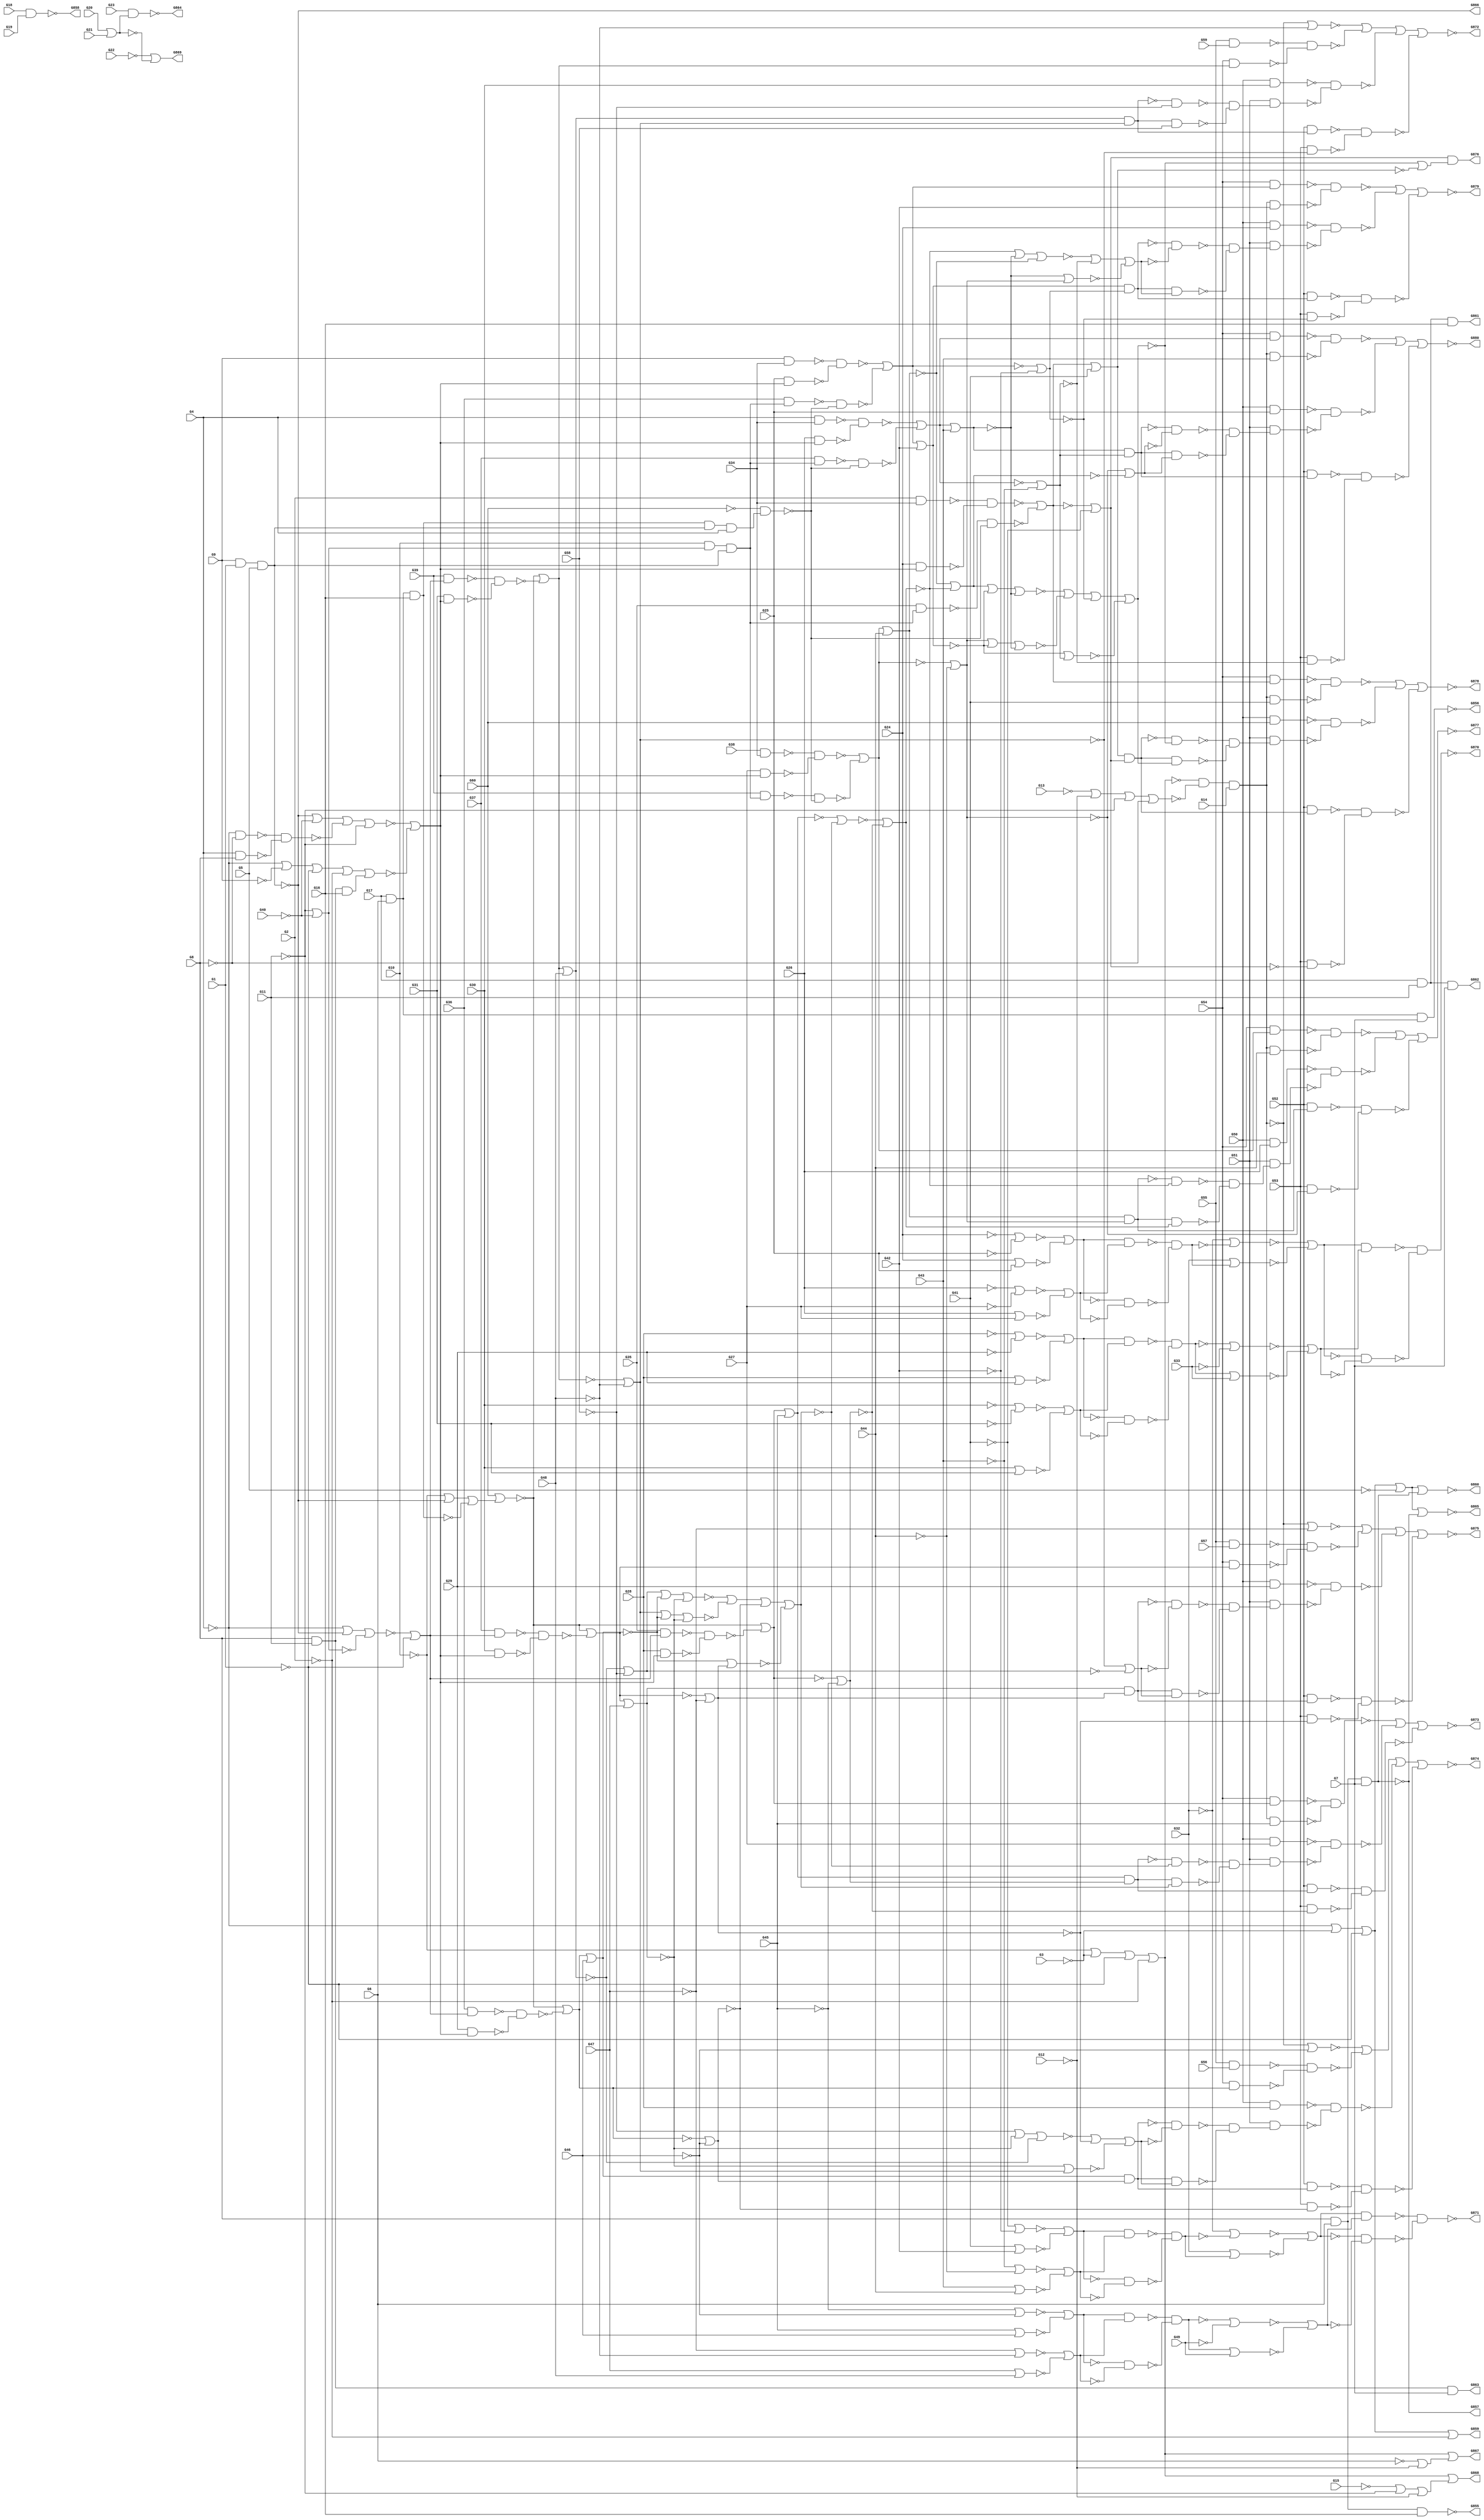
module c880 (  
    G1, G2, G3, G4, G5, G6, G7, G8, G9, G10, G11, G12, G13, G14, G15, G16,
    G17, G18, G19, G20, G21, G22, G23, G24, G25, G26, G27, G28, G29, G30,
    G31, G32, G33, G34, G35, G36, G37, G38, G39, G40, G41, G42, G43, G44,
    G45, G46, G47, G48, G49, G50, G51, G52, G53, G54, G55, G56, G57, G58,
    G59, G60,
    G855, G856, G857, G858, G859, G860, G861, G862, G863, G864, G865, G866,
    G867, G868, G869, G870, G871, G872, G873, G874, G875, G876, G877, G878,
    G879, G880  );
  
  input  G1, G2, G3, G4, G5, G6, G7, G8, G9, G10, G11, G12, G13, G14,
    G15, G16, G17, G18, G19, G20, G21, G22, G23, G24, G25, G26, G27, G28,
    G29, G30, G31, G32, G33, G34, G35, G36, G37, G38, G39, G40, G41, G42,
    G43, G44, G45, G46, G47, G48, G49, G50, G51, G52, G53, G54, G55, G56,
    G57, G58, G59, G60;
  output G855, G856, G857, G858, G859, G860, G861, G862, G863, G864, G865,
    G866, G867, G868, G869, G870, G871, G872, G873, G874, G875, G876, G877,
    G878, G879, G880;
  reg n471_lo, n474_lo, n477_lo, n480_lo, n483_lo, n486_lo, n489_lo,
    n492_lo, n495_lo, n498_lo, n501_lo, n504_lo, n507_lo, n510_lo, n513_lo,
    n516_lo, n519_lo, n522_lo, n525_lo, n528_lo, n531_lo, n534_lo, n537_lo,
    n540_lo, n543_lo, n546_lo, n549_lo, n552_lo, n555_lo, n558_lo, n561_lo,
    n564_lo, n567_lo, n570_lo, n573_lo, n576_lo, n579_lo, n582_lo, n585_lo,
    n588_lo, n591_lo, n594_lo, n597_lo, n600_lo, n603_lo, n606_lo, n609_lo,
    n612_lo, n615_lo, n618_lo, n621_lo, n624_lo, n627_lo, n630_lo, n633_lo,
    n636_lo, n639_lo, n642_lo, n645_lo, n648_lo, n651_lo, n654_lo, n657_lo,
    n660_lo, n663_lo, n666_lo, n669_lo, n672_lo, n675_lo, n678_lo, n681_lo,
    n684_lo, n687_lo, n690_lo, n693_lo, n696_lo, n699_lo, n702_lo, n705_lo,
    n708_lo, n711_lo, n714_lo, n717_lo, n720_lo, n723_lo, n726_lo, n729_lo,
    n732_lo, n735_lo, n738_lo, n741_lo, n744_lo, n747_lo, n750_lo, n753_lo,
    n756_lo, n759_lo, n762_lo, n765_lo, n768_lo, n771_lo, n774_lo, n777_lo,
    n780_lo, n783_lo, n786_lo, n789_lo, n792_lo, n795_lo, n798_lo, n801_lo,
    n804_lo, n807_lo, n810_lo, n813_lo, n816_lo, n819_lo, n822_lo, n825_lo,
    n828_lo, n831_lo, n834_lo, n837_lo, n840_lo, n843_lo, n846_lo, n849_lo,
    n852_lo, n855_lo, n858_lo, n861_lo, n864_lo, n867_lo, n870_lo, n873_lo,
    n876_lo, n879_lo, n882_lo, n885_lo, n888_lo, n891_lo, n894_lo, n897_lo,
    n900_lo, n903_lo, n906_lo, n909_lo, n912_lo, n915_lo, n918_lo, n921_lo,
    n924_lo, n927_lo, n930_lo, n933_lo, n936_lo, n939_lo, n942_lo, n945_lo,
    n948_lo, n951_lo, n954_lo, n957_lo, n960_lo, n963_lo, n966_lo, n969_lo,
    n972_lo, n975_lo, n978_lo, n981_lo, n984_lo, n987_lo, n990_lo, n993_lo,
    n996_lo, n999_lo, n1002_lo, n1005_lo, n1008_lo, n1011_lo, n1014_lo,
    n1017_lo, n1020_lo, n1023_lo, n1026_lo, n1029_lo, n1032_lo, n1035_lo,
    n1038_lo, n1041_lo, n1044_lo, n1047_lo, n1050_lo, n1053_lo, n1056_lo,
    n1059_lo, n1062_lo, n1065_lo, n1068_lo, n1071_lo, n1074_lo, n1077_lo,
    n1080_lo, n1083_lo, n1086_lo, n1089_lo, n1092_lo, n1095_lo, n1098_lo,
    n1101_lo, n1104_lo, n1107_lo, n1110_lo, n1113_lo, n1116_lo, n1119_lo,
    n1122_lo, n1125_lo, n1128_lo, n1131_lo, n1134_lo, n1137_lo, n1140_lo,
    n1143_lo, n1146_lo, n1149_lo, n1152_lo, n1155_lo, n1158_lo, n1161_lo,
    n1164_lo, n1167_lo, n1170_lo, n1173_lo, n1176_lo, n1179_lo, n1182_lo,
    n1185_lo, n1188_lo;
  wire new_G269_, new_G270_, new_G273_, new_G276_, new_G279_, new_G280_,
    new_G284_, new_G285_, new_G286_, new_G287_, new_G290_, new_G291_,
    new_G292_, new_G293_, new_G294_, new_G295_, new_G296_, new_G297_,
    new_G298_, new_G301_, new_G302_, new_G303_, new_G304_, new_G305_,
    new_G306_, new_G307_, new_G308_, new_G309_, new_G310_, new_G316_,
    new_G317_, new_G318_, new_G319_, new_G322_, new_G323_, new_G324_,
    new_G325_, new_G326_, new_G327_, new_G328_, new_G329_, new_G330_,
    new_G331_, new_G332_, new_G333_, new_G334_, new_G335_, new_G336_,
    new_G337_, new_G338_, new_G339_, new_G340_, new_G341_, new_G342_,
    new_G343_, new_G344_, new_G345_, new_G346_, new_G347_, new_G348_,
    new_G349_, new_G350_, new_G351_, new_G352_, new_G353_, new_G354_,
    new_G355_, new_G356_, new_G357_, new_G360_, new_G363_, new_G366_,
    new_G369_, new_G375_, new_G376_, new_G379_, new_G382_, new_G385_,
    new_G388_, new_G389_, new_G395_, new_G396_, new_G397_, new_G398_,
    new_G399_, new_G400_, new_G401_, new_G402_, new_G403_, new_G404_,
    new_G405_, new_G406_, new_G407_, new_G408_, new_G409_, new_G410_,
    new_G411_, new_G412_, new_G413_, new_G414_, new_G415_, new_G416_,
    new_G417_, new_G422_, new_G427_, new_G432_, new_G433_, new_G434_,
    new_G435_, new_G436_, new_G445_, new_G448_, new_G451_, new_G460_,
    new_G461_, new_G462_, new_G463_, new_G464_, new_G465_, new_G466_,
    new_G467_, new_G468_, new_G473_, new_G474_, new_G475_, new_G476_,
    new_G477_, new_G480_, new_G483_, new_G484_, new_G485_, new_G486_,
    new_G487_, new_G488_, new_G489_, new_G490_, new_G491_, new_G492_,
    new_G493_, new_G494_, new_G495_, new_G496_, new_G497_, new_G498_,
    new_G499_, new_G500_, new_G501_, new_G502_, new_G503_, new_G504_,
    new_G505_, new_G506_, new_G507_, new_G508_, new_G509_, new_G510_,
    new_G511_, new_G512_, new_G513_, new_G514_, new_G515_, new_G518_,
    new_G521_, new_G522_, new_G523_, new_G524_, new_G525_, new_G526_,
    new_G527_, new_G528_, new_G529_, new_G532_, new_G535_, new_G536_,
    new_G537_, new_G538_, new_G542_, new_G546_, new_G550_, new_G554_,
    new_G558_, new_G562_, new_G566_, new_G570_, new_G571_, new_G572_,
    new_G573_, new_G574_, new_G575_, new_G578_, new_G581_, new_G582_,
    new_G585_, new_G590_, new_G591_, new_G594_, new_G600_, new_G601_,
    new_G604_, new_G609_, new_G610_, new_G613_, new_G616_, new_G617_,
    new_G620_, new_G625_, new_G626_, new_G629_, new_G635_, new_G636_,
    new_G639_, new_G644_, new_G645_, new_G646_, new_G647_, new_G650_,
    new_G654_, new_G655_, new_G658_, new_G662_, new_G663_, new_G667_,
    new_G671_, new_G672_, new_G677_, new_G681_, new_G682_, new_G685_,
    new_G689_, new_G690_, new_G693_, new_G697_, new_G698_, new_G702_,
    new_G706_, new_G707_, new_G712_, new_G716_, new_G717_, new_G718_,
    new_G719_, new_G720_, new_G721_, new_G722_, new_G723_, new_G724_,
    new_G725_, new_G726_, new_G727_, new_G728_, new_G729_, new_G730_,
    new_G731_, new_G732_, new_G733_, new_G734_, new_G735_, new_G736_,
    new_G737_, new_G738_, new_G739_, new_G740_, new_G741_, new_G742_,
    new_G743_, new_G744_, new_G745_, new_G746_, new_G747_, new_G748_,
    new_G749_, new_G750_, new_G751_, new_G752_, new_G753_, new_G754_,
    new_G755_, new_G756_, new_G760_, new_G761_, new_G764_, new_G765_,
    new_G768_, new_G769_, new_G770_, new_G771_, new_G772_, new_G773_,
    new_G774_, new_G775_, new_G776_, new_G777_, new_G778_, new_G779_,
    new_G785_, new_G786_, new_G787_, new_G788_, new_G789_, new_G790_,
    new_G791_, new_G792_, new_G793_, new_G794_, new_G795_, new_G796_,
    new_G797_, new_G798_, new_G802_, new_G805_, new_G808_, new_G809_,
    new_G810_, new_G811_, new_G812_, new_G813_, new_G814_, new_G815_,
    new_G816_, new_G817_, new_G818_, new_G819_, new_G820_, new_G821_,
    new_G822_, new_G823_, new_G824_, new_G825_, new_G826_, new_G827_,
    new_G828_, new_G829_, new_G830_, new_G831_, new_G832_, new_G833_,
    new_G834_, new_G835_, new_G836_, new_G837_, new_G838_, new_G839_,
    new_G840_, new_G841_, new_G842_, new_G843_, new_G844_, new_G845_,
    new_G846_, new_G847_, new_G848_, new_G849_, new_G850_, new_G851_,
    new_G852_, new_G853_, new_G854_, n471_li, n474_li, n477_li, n480_li,
    n483_li, n486_li, n489_li, n492_li, n495_li, n498_li, n501_li, n504_li,
    n507_li, n510_li, n513_li, n516_li, n519_li, n522_li, n525_li, n528_li,
    n531_li, n534_li, n537_li, n540_li, n543_li, n546_li, n549_li, n552_li,
    n555_li, n558_li, n561_li, n564_li, n567_li, n570_li, n573_li, n576_li,
    n579_li, n582_li, n585_li, n588_li, n591_li, n594_li, n597_li, n600_li,
    n603_li, n606_li, n609_li, n612_li, n615_li, n618_li, n621_li, n624_li,
    n627_li, n630_li, n633_li, n636_li, n639_li, n642_li, n645_li, n648_li,
    n651_li, n654_li, n657_li, n660_li, n663_li, n666_li, n669_li, n672_li,
    n675_li, n678_li, n681_li, n684_li, n687_li, n690_li, n693_li, n696_li,
    n699_li, n702_li, n705_li, n708_li, n711_li, n714_li, n717_li, n720_li,
    n723_li, n726_li, n729_li, n732_li, n735_li, n738_li, n741_li, n744_li,
    n747_li, n750_li, n753_li, n756_li, n759_li, n762_li, n765_li, n768_li,
    n771_li, n774_li, n777_li, n780_li, n783_li, n786_li, n789_li, n792_li,
    n795_li, n798_li, n801_li, n804_li, n807_li, n810_li, n813_li, n816_li,
    n819_li, n822_li, n825_li, n828_li, n831_li, n834_li, n837_li, n840_li,
    n843_li, n846_li, n849_li, n852_li, n855_li, n858_li, n861_li, n864_li,
    n867_li, n870_li, n873_li, n876_li, n879_li, n882_li, n885_li, n888_li,
    n891_li, n894_li, n897_li, n900_li, n903_li, n906_li, n909_li, n912_li,
    n915_li, n918_li, n921_li, n924_li, n927_li, n930_li, n933_li, n936_li,
    n939_li, n942_li, n945_li, n948_li, n951_li, n954_li, n957_li, n960_li,
    n963_li, n966_li, n969_li, n972_li, n975_li, n978_li, n981_li, n984_li,
    n987_li, n990_li, n993_li, n996_li, n999_li, n1002_li, n1005_li,
    n1008_li, n1011_li, n1014_li, n1017_li, n1020_li, n1023_li, n1026_li,
    n1029_li, n1032_li, n1035_li, n1038_li, n1041_li, n1044_li, n1047_li,
    n1050_li, n1053_li, n1056_li, n1059_li, n1062_li, n1065_li, n1068_li,
    n1071_li, n1074_li, n1077_li, n1080_li, n1083_li, n1086_li, n1089_li,
    n1092_li, n1095_li, n1098_li, n1101_li, n1104_li, n1107_li, n1110_li,
    n1113_li, n1116_li, n1119_li, n1122_li, n1125_li, n1128_li, n1131_li,
    n1134_li, n1137_li, n1140_li, n1143_li, n1146_li, n1149_li, n1152_li,
    n1155_li, n1158_li, n1161_li, n1164_li, n1167_li, n1170_li, n1173_li,
    n1176_li, n1179_li, n1182_li, n1185_li, n1188_li;
  assign new_G269_ = ~n516_lo | ~n504_lo | ~n480_lo | ~n492_lo;
  assign new_G270_ = ~n516_lo | ~n504_lo | ~n480_lo | ~n528_lo;
  assign new_G273_ = n564_lo & n540_lo & n552_lo;
  assign new_G276_ = n576_lo & n480_lo & n528_lo;
  assign new_G279_ = ~n516_lo | ~n576_lo | ~n480_lo | ~n492_lo;
  assign new_G280_ = ~n588_lo | ~n504_lo | ~n480_lo | ~n492_lo;
  assign new_G284_ = ~n624_lo | ~n612_lo | ~n600_lo | ~n564_lo;
  assign new_G285_ = ~n540_lo | ~n612_lo;
  assign new_G286_ = ~n648_lo | ~n600_lo | ~n612_lo;
  assign new_G287_ = n672_lo & n540_lo & n660_lo;
  assign new_G290_ = n564_lo & n540_lo & n660_lo;
  assign new_G291_ = n672_lo & n540_lo & n552_lo;
  assign new_G292_ = n564_lo & n540_lo & n552_lo;
  assign new_G293_ = n672_lo & n600_lo & n660_lo;
  assign new_G294_ = n564_lo & n600_lo & n660_lo;
  assign new_G295_ = n672_lo & n600_lo & n552_lo;
  assign new_G296_ = n564_lo & n600_lo & n552_lo;
  assign new_G297_ = n684_lo & n696_lo;
  assign new_G298_ = n708_lo | n720_lo;
  assign new_G301_ = ~n756_lo | ~n768_lo;
  assign new_G302_ = n756_lo | n768_lo;
  assign new_G303_ = ~n780_lo | ~n792_lo;
  assign new_G304_ = n780_lo | n792_lo;
  assign new_G305_ = ~n804_lo | ~n816_lo;
  assign new_G306_ = n804_lo | n816_lo;
  assign new_G307_ = ~n828_lo | ~n840_lo;
  assign new_G308_ = n828_lo | n840_lo;
  assign new_G309_ = n492_lo & n876_lo;
  assign new_G310_ = ~n1188_lo;
  assign new_G316_ = n576_lo & n876_lo;
  assign new_G317_ = n516_lo & n876_lo;
  assign new_G318_ = n924_lo & n876_lo;
  assign new_G319_ = ~n600_lo | ~n948_lo;
  assign new_G322_ = ~n516_lo & ~n564_lo;
  assign new_G323_ = n516_lo & n564_lo;
  assign new_G324_ = ~n960_lo | ~n972_lo;
  assign new_G325_ = n960_lo | n972_lo;
  assign new_G326_ = ~n984_lo | ~n996_lo;
  assign new_G327_ = n984_lo | n996_lo;
  assign new_G328_ = ~n1008_lo | ~n1020_lo;
  assign new_G329_ = n1008_lo | n1020_lo;
  assign new_G330_ = ~n1032_lo | ~n1044_lo;
  assign new_G331_ = n1032_lo | n1044_lo;
  assign new_G332_ = n1068_lo & n756_lo;
  assign new_G333_ = n1068_lo & n768_lo;
  assign new_G334_ = n1068_lo & n780_lo;
  assign new_G335_ = n1068_lo & n792_lo;
  assign new_G336_ = n1068_lo & n804_lo;
  assign new_G337_ = n1128_lo & n1140_lo;
  assign new_G338_ = n1068_lo & n816_lo;
  assign new_G339_ = n1128_lo & n1152_lo;
  assign new_G340_ = n1068_lo & n828_lo;
  assign new_G341_ = n1128_lo & n1176_lo;
  assign new_G342_ = ~new_G269_;
  assign new_G343_ = ~new_G273_;
  assign new_G344_ = new_G270_ | new_G273_;
  assign new_G345_ = ~new_G276_;
  assign new_G346_ = ~new_G276_;
  assign new_G347_ = ~new_G279_;
  assign new_G348_ = ~new_G280_ & ~new_G284_;
  assign new_G349_ = new_G280_ | new_G285_;
  assign new_G350_ = new_G280_ | new_G286_;
  assign new_G351_ = ~new_G293_;
  assign new_G352_ = ~new_G294_;
  assign new_G353_ = ~new_G295_;
  assign new_G354_ = ~new_G296_;
  assign new_G355_ = ~n732_lo | ~new_G298_;
  assign new_G356_ = n744_lo & new_G298_;
  assign new_G357_ = ~new_G301_ | ~new_G302_;
  assign new_G360_ = ~new_G303_ | ~new_G304_;
  assign new_G363_ = ~new_G305_ | ~new_G306_;
  assign new_G366_ = ~new_G307_ | ~new_G308_;
  assign new_G369_ = ~new_G310_;
  assign new_G375_ = ~new_G322_ & ~new_G323_;
  assign new_G376_ = ~new_G324_ | ~new_G325_;
  assign new_G379_ = ~new_G326_ | ~new_G327_;
  assign new_G382_ = ~new_G328_ | ~new_G329_;
  assign new_G385_ = ~new_G330_ | ~new_G331_;
  assign new_G388_ = new_G270_ | new_G343_;
  assign new_G389_ = ~new_G345_;
  assign new_G395_ = ~new_G346_;
  assign new_G396_ = new_G348_ & n636_lo;
  assign new_G397_ = ~new_G349_;
  assign new_G398_ = ~new_G350_;
  assign new_G399_ = ~new_G355_;
  assign new_G400_ = ~new_G357_;
  assign new_G401_ = ~new_G360_;
  assign new_G402_ = new_G357_ & new_G360_;
  assign new_G403_ = ~new_G363_;
  assign new_G404_ = ~new_G366_;
  assign new_G405_ = new_G363_ & new_G366_;
  assign new_G406_ = ~new_G347_ | ~new_G352_;
  assign new_G407_ = ~new_G376_;
  assign new_G408_ = ~new_G379_;
  assign new_G409_ = new_G376_ & new_G379_;
  assign new_G410_ = ~new_G382_;
  assign new_G411_ = ~new_G385_;
  assign new_G412_ = new_G382_ & new_G385_;
  assign new_G413_ = n1068_lo & new_G369_;
  assign new_G414_ = ~new_G396_;
  assign new_G415_ = new_G400_ & new_G401_;
  assign new_G416_ = new_G403_ & new_G404_;
  assign new_G417_ = n588_lo & new_G319_ & new_G389_;
  assign new_G422_ = new_G287_ & new_G389_ & n516_lo;
  assign new_G427_ = ~n588_lo | ~new_G389_ | ~new_G287_;
  assign new_G432_ = ~new_G389_ | ~n948_lo | ~new_G375_ | ~n600_lo;
  assign new_G433_ = ~n516_lo | ~new_G389_ | ~new_G319_;
  assign new_G434_ = new_G407_ & new_G408_;
  assign new_G435_ = new_G410_ & new_G411_;
  assign new_G436_ = ~new_G414_;
  assign new_G445_ = ~new_G402_ & ~new_G415_;
  assign new_G448_ = ~new_G405_ & ~new_G416_;
  assign new_G451_ = ~new_G432_ | ~new_G406_;
  assign new_G460_ = n888_lo & new_G417_;
  assign new_G461_ = new_G310_ & new_G422_;
  assign new_G462_ = n900_lo & new_G417_;
  assign new_G463_ = new_G310_ & new_G422_;
  assign new_G464_ = n912_lo & new_G417_;
  assign new_G465_ = new_G310_ & new_G422_;
  assign new_G466_ = n936_lo & new_G417_;
  assign new_G467_ = new_G310_ & new_G422_;
  assign new_G468_ = ~new_G433_ | ~n480_lo;
  assign new_G473_ = new_G369_ | new_G427_;
  assign new_G474_ = new_G369_ | new_G427_;
  assign new_G475_ = new_G369_ | new_G427_;
  assign new_G476_ = new_G369_ | new_G427_;
  assign new_G477_ = ~new_G409_ & ~new_G434_;
  assign new_G480_ = ~new_G412_ & ~new_G435_;
  assign new_G483_ = ~n852_lo | ~new_G445_;
  assign new_G484_ = n852_lo | new_G445_;
  assign new_G485_ = ~new_G448_ | ~n864_lo;
  assign new_G486_ = new_G448_ | n864_lo;
  assign new_G487_ = n756_lo & new_G451_;
  assign new_G488_ = ~new_G460_ & ~new_G461_;
  assign new_G489_ = n768_lo & new_G451_;
  assign new_G490_ = ~new_G462_ & ~new_G463_;
  assign new_G491_ = n780_lo & new_G451_;
  assign new_G492_ = ~new_G464_ & ~new_G465_;
  assign new_G493_ = n792_lo & new_G451_;
  assign new_G494_ = ~new_G466_ & ~new_G467_;
  assign new_G495_ = n888_lo & new_G468_;
  assign new_G496_ = n804_lo & new_G451_;
  assign new_G497_ = n900_lo & new_G468_;
  assign new_G498_ = n816_lo & new_G451_;
  assign new_G499_ = n912_lo & new_G468_;
  assign new_G500_ = n828_lo & new_G451_;
  assign new_G501_ = n936_lo & new_G468_;
  assign new_G502_ = n840_lo & new_G451_;
  assign new_G503_ = ~n852_lo | ~new_G477_;
  assign new_G504_ = n852_lo | new_G477_;
  assign new_G505_ = ~new_G480_ | ~n1056_lo;
  assign new_G506_ = new_G480_ | n1056_lo;
  assign new_G507_ = new_G436_ & n960_lo;
  assign new_G508_ = new_G436_ & n972_lo;
  assign new_G509_ = new_G436_ & n984_lo;
  assign new_G510_ = new_G436_ & n996_lo;
  assign new_G511_ = new_G436_ & n1008_lo;
  assign new_G512_ = ~new_G436_ | ~n1020_lo;
  assign new_G513_ = ~new_G436_ | ~n1032_lo;
  assign new_G514_ = ~new_G436_ | ~n1044_lo;
  assign new_G515_ = ~new_G483_ | ~new_G484_;
  assign new_G518_ = ~new_G485_ | ~new_G486_;
  assign new_G521_ = ~new_G309_ & ~new_G487_;
  assign new_G522_ = ~new_G316_ & ~new_G489_;
  assign new_G523_ = ~new_G317_ & ~new_G491_;
  assign new_G524_ = ~new_G318_ & ~new_G493_;
  assign new_G525_ = ~new_G495_ & ~new_G496_;
  assign new_G526_ = ~new_G497_ & ~new_G498_;
  assign new_G527_ = ~new_G499_ & ~new_G500_;
  assign new_G528_ = ~new_G501_ & ~new_G502_;
  assign new_G529_ = ~new_G503_ | ~new_G504_;
  assign new_G532_ = ~new_G505_ | ~new_G506_;
  assign new_G535_ = ~new_G515_;
  assign new_G536_ = ~new_G518_;
  assign new_G537_ = new_G515_ & new_G518_;
  assign new_G538_ = ~new_G521_ | ~new_G488_;
  assign new_G542_ = ~new_G522_ | ~new_G490_;
  assign new_G546_ = ~new_G523_ | ~new_G492_;
  assign new_G550_ = ~new_G524_ | ~new_G494_;
  assign new_G554_ = ~new_G473_ | ~new_G525_;
  assign new_G558_ = ~new_G474_ | ~new_G526_;
  assign new_G562_ = ~new_G475_ | ~new_G527_;
  assign new_G566_ = ~new_G476_ | ~new_G528_;
  assign new_G570_ = ~new_G529_;
  assign new_G571_ = ~new_G532_;
  assign new_G572_ = new_G529_ & new_G532_;
  assign new_G573_ = new_G535_ & new_G536_;
  assign new_G574_ = new_G570_ & new_G571_;
  assign new_G575_ = ~new_G538_ | ~n960_lo;
  assign new_G578_ = new_G538_ | n960_lo;
  assign new_G581_ = n1116_lo & new_G538_;
  assign new_G582_ = ~new_G542_ | ~n972_lo;
  assign new_G585_ = new_G542_ | n972_lo;
  assign new_G590_ = n1116_lo & new_G542_;
  assign new_G591_ = ~new_G546_ | ~n984_lo;
  assign new_G594_ = new_G546_ | n984_lo;
  assign new_G600_ = n1116_lo & new_G546_;
  assign new_G601_ = ~new_G550_ | ~n996_lo;
  assign new_G604_ = new_G550_ | n996_lo;
  assign new_G609_ = n1116_lo & new_G550_;
  assign new_G610_ = ~new_G554_ | ~n1008_lo;
  assign new_G613_ = new_G554_ | n1008_lo;
  assign new_G616_ = n1116_lo & new_G554_;
  assign new_G617_ = ~new_G558_ | ~n1020_lo;
  assign new_G620_ = new_G558_ | n1020_lo;
  assign new_G625_ = n1116_lo & new_G558_;
  assign new_G626_ = ~new_G562_ | ~n1032_lo;
  assign new_G629_ = new_G562_ | n1032_lo;
  assign new_G635_ = n1116_lo & new_G562_;
  assign new_G636_ = ~new_G566_ | ~n1044_lo;
  assign new_G639_ = new_G566_ | n1044_lo;
  assign new_G644_ = n1116_lo & new_G566_;
  assign new_G645_ = ~new_G537_ & ~new_G573_;
  assign new_G646_ = ~new_G572_ & ~new_G574_;
  assign new_G647_ = ~new_G575_;
  assign new_G650_ = new_G578_ & new_G575_;
  assign new_G654_ = ~new_G581_ & ~new_G507_;
  assign new_G655_ = ~new_G582_;
  assign new_G658_ = new_G585_ & new_G582_;
  assign new_G662_ = ~new_G590_ & ~new_G508_;
  assign new_G663_ = ~new_G591_;
  assign new_G667_ = new_G594_ & new_G591_;
  assign new_G671_ = ~new_G600_ & ~new_G509_;
  assign new_G672_ = ~new_G601_;
  assign new_G677_ = new_G604_ & new_G601_;
  assign new_G681_ = ~new_G609_ & ~new_G510_;
  assign new_G682_ = ~new_G610_;
  assign new_G685_ = new_G613_ & new_G610_;
  assign new_G689_ = ~new_G616_ & ~new_G511_;
  assign new_G690_ = ~new_G617_;
  assign new_G693_ = new_G620_ & new_G617_;
  assign new_G697_ = ~new_G337_ & ~new_G625_;
  assign new_G698_ = ~new_G626_;
  assign new_G702_ = new_G629_ & new_G626_;
  assign new_G706_ = ~new_G339_ & ~new_G635_;
  assign new_G707_ = ~new_G636_;
  assign new_G712_ = new_G639_ & new_G636_;
  assign new_G716_ = ~new_G341_ & ~new_G644_;
  assign new_G717_ = ~new_G639_ | ~n1164_lo;
  assign new_G718_ = ~n1164_lo | ~new_G629_ | ~new_G639_;
  assign new_G719_ = ~n1164_lo | ~new_G639_ | ~new_G620_ | ~new_G629_;
  assign new_G720_ = ~new_G647_;
  assign new_G721_ = n1092_lo & new_G650_;
  assign new_G722_ = n1104_lo & new_G647_;
  assign new_G723_ = ~new_G655_;
  assign new_G724_ = n1092_lo & new_G658_;
  assign new_G725_ = n1104_lo & new_G655_;
  assign new_G726_ = ~new_G663_;
  assign new_G727_ = n1092_lo & new_G667_;
  assign new_G728_ = n1104_lo & new_G663_;
  assign new_G729_ = ~new_G672_;
  assign new_G730_ = n1092_lo & new_G677_;
  assign new_G731_ = n1104_lo & new_G672_;
  assign new_G732_ = ~new_G682_;
  assign new_G733_ = n1092_lo & new_G685_;
  assign new_G734_ = n1104_lo & new_G682_;
  assign new_G735_ = ~new_G690_;
  assign new_G736_ = n1092_lo & new_G693_;
  assign new_G737_ = n1104_lo & new_G690_;
  assign new_G738_ = ~new_G698_;
  assign new_G739_ = n1092_lo & new_G702_;
  assign new_G740_ = n1104_lo & new_G698_;
  assign new_G741_ = ~new_G707_;
  assign new_G742_ = ~new_G712_ & ~n1164_lo;
  assign new_G743_ = new_G712_ & n1164_lo;
  assign new_G744_ = n1092_lo & new_G712_;
  assign new_G745_ = n1104_lo & new_G707_;
  assign new_G746_ = ~new_G629_ | ~new_G707_;
  assign new_G747_ = ~new_G620_ | ~new_G698_;
  assign new_G748_ = ~new_G707_ | ~new_G620_ | ~new_G629_;
  assign new_G749_ = ~new_G594_ | ~new_G672_;
  assign new_G750_ = ~new_G585_ | ~new_G663_;
  assign new_G751_ = ~new_G672_ | ~new_G585_ | ~new_G594_;
  assign new_G752_ = ~new_G721_ & ~new_G722_;
  assign new_G753_ = ~new_G724_ & ~new_G725_;
  assign new_G754_ = ~new_G727_ & ~new_G728_;
  assign new_G755_ = ~new_G730_ & ~new_G731_;
  assign new_G756_ = ~new_G719_ | ~new_G748_ | ~new_G735_ | ~new_G747_;
  assign new_G760_ = ~new_G733_ & ~new_G734_;
  assign new_G761_ = ~new_G718_ | ~new_G738_ | ~new_G746_;
  assign new_G764_ = ~new_G736_ & ~new_G737_;
  assign new_G765_ = ~new_G741_ | ~new_G717_;
  assign new_G768_ = ~new_G739_ & ~new_G740_;
  assign new_G769_ = ~new_G742_ & ~new_G743_;
  assign new_G770_ = ~new_G744_ & ~new_G745_;
  assign new_G771_ = ~new_G685_ & ~new_G756_;
  assign new_G772_ = new_G685_ & new_G756_;
  assign new_G773_ = ~new_G693_ & ~new_G761_;
  assign new_G774_ = new_G693_ & new_G761_;
  assign new_G775_ = ~new_G702_ & ~new_G765_;
  assign new_G776_ = new_G702_ & new_G765_;
  assign new_G777_ = n1080_lo & new_G769_;
  assign new_G778_ = ~new_G613_ | ~new_G756_;
  assign new_G779_ = ~new_G778_ | ~new_G732_;
  assign new_G785_ = ~new_G771_ & ~new_G772_;
  assign new_G786_ = ~new_G773_ & ~new_G774_;
  assign new_G787_ = ~new_G775_ & ~new_G776_;
  assign new_G788_ = ~new_G340_ & ~new_G777_;
  assign new_G789_ = ~new_G677_ & ~new_G779_;
  assign new_G790_ = new_G677_ & new_G779_;
  assign new_G791_ = n1080_lo & new_G785_;
  assign new_G792_ = n1080_lo & new_G786_;
  assign new_G793_ = n1080_lo & new_G787_;
  assign new_G794_ = ~new_G514_ | ~new_G716_ | ~new_G788_ | ~new_G770_;
  assign new_G795_ = ~new_G604_ | ~new_G779_;
  assign new_G796_ = ~new_G779_ | ~new_G594_ | ~new_G604_;
  assign new_G797_ = ~new_G779_ | ~new_G604_ | ~new_G585_ | ~new_G594_;
  assign new_G798_ = ~new_G797_ | ~new_G751_ | ~new_G723_ | ~new_G750_;
  assign new_G802_ = ~new_G796_ | ~new_G726_ | ~new_G749_;
  assign new_G805_ = ~new_G729_ | ~new_G795_;
  assign new_G808_ = ~new_G789_ & ~new_G790_;
  assign new_G809_ = ~new_G335_ & ~new_G791_;
  assign new_G810_ = ~new_G336_ & ~new_G792_;
  assign new_G811_ = ~new_G338_ & ~new_G793_;
  assign new_G812_ = ~new_G794_;
  assign new_G813_ = ~new_G650_ & ~new_G798_;
  assign new_G814_ = new_G650_ & new_G798_;
  assign new_G815_ = ~new_G658_ & ~new_G802_;
  assign new_G816_ = new_G658_ & new_G802_;
  assign new_G817_ = ~new_G667_ & ~new_G805_;
  assign new_G818_ = new_G667_ & new_G805_;
  assign new_G819_ = n1080_lo & new_G808_;
  assign new_G820_ = ~new_G689_ | ~new_G809_ | ~new_G760_;
  assign new_G821_ = ~new_G512_ | ~new_G697_ | ~new_G810_ | ~new_G764_;
  assign new_G822_ = ~new_G513_ | ~new_G706_ | ~new_G811_ | ~new_G768_;
  assign new_G823_ = ~new_G812_;
  assign new_G824_ = ~new_G798_ | ~new_G578_;
  assign new_G825_ = ~new_G813_ & ~new_G814_;
  assign new_G826_ = ~new_G815_ & ~new_G816_;
  assign new_G827_ = ~new_G817_ & ~new_G818_;
  assign new_G828_ = ~new_G334_ & ~new_G819_;
  assign new_G829_ = ~new_G820_;
  assign new_G830_ = ~new_G821_;
  assign new_G831_ = ~new_G822_;
  assign new_G832_ = new_G720_ & new_G824_;
  assign new_G833_ = n1080_lo & new_G825_;
  assign new_G834_ = n1080_lo & new_G826_;
  assign new_G835_ = n1080_lo & new_G827_;
  assign new_G836_ = ~new_G681_ | ~new_G828_ | ~new_G755_;
  assign new_G837_ = ~new_G829_;
  assign new_G838_ = ~new_G830_;
  assign new_G839_ = ~new_G831_;
  assign new_G840_ = ~new_G832_;
  assign new_G841_ = ~new_G413_ & ~new_G833_;
  assign new_G842_ = ~new_G332_ & ~new_G834_;
  assign new_G843_ = ~new_G333_ & ~new_G835_;
  assign new_G844_ = ~new_G836_;
  assign new_G845_ = ~new_G654_ | ~new_G841_ | ~new_G752_;
  assign new_G846_ = ~new_G662_ | ~new_G842_ | ~new_G753_;
  assign new_G847_ = ~new_G671_ | ~new_G843_ | ~new_G754_;
  assign new_G848_ = ~new_G844_;
  assign new_G849_ = ~new_G845_;
  assign new_G850_ = ~new_G846_;
  assign new_G851_ = ~new_G847_;
  assign new_G852_ = ~new_G849_;
  assign new_G853_ = ~new_G850_;
  assign new_G854_ = ~new_G851_;
  assign G855 = ~new_G290_;
  assign G856 = ~new_G291_;
  assign G857 = ~new_G292_;
  assign G858 = ~new_G297_;
  assign G859 = ~new_G342_;
  assign G860 = ~new_G344_;
  assign G861 = ~new_G351_;
  assign G862 = ~new_G353_;
  assign G863 = ~new_G354_;
  assign G864 = ~new_G356_;
  assign G865 = ~new_G388_;
  assign G866 = ~new_G395_;
  assign G867 = ~new_G397_;
  assign G868 = ~new_G398_;
  assign G869 = ~new_G399_;
  assign G870 = ~new_G645_;
  assign G871 = ~new_G646_;
  assign G872 = ~new_G823_;
  assign G873 = ~new_G837_;
  assign G874 = ~new_G838_;
  assign G875 = ~new_G839_;
  assign G876 = ~new_G840_;
  assign G877 = ~new_G848_;
  assign G878 = ~new_G852_;
  assign G879 = ~new_G853_;
  assign G880 = ~new_G854_;
  assign n471_li = G1;
  assign n474_li = n471_lo;
  assign n477_li = n474_lo;
  assign n480_li = n477_lo;
  assign n483_li = G2;
  assign n486_li = n483_lo;
  assign n489_li = n486_lo;
  assign n492_li = n489_lo;
  assign n495_li = G3;
  assign n498_li = n495_lo;
  assign n501_li = n498_lo;
  assign n504_li = n501_lo;
  assign n507_li = G4;
  assign n510_li = n507_lo;
  assign n513_li = n510_lo;
  assign n516_li = n513_lo;
  assign n519_li = G5;
  assign n522_li = n519_lo;
  assign n525_li = n522_lo;
  assign n528_li = n525_lo;
  assign n531_li = G6;
  assign n534_li = n531_lo;
  assign n537_li = n534_lo;
  assign n540_li = n537_lo;
  assign n543_li = G7;
  assign n546_li = n543_lo;
  assign n549_li = n546_lo;
  assign n552_li = n549_lo;
  assign n555_li = G8;
  assign n558_li = n555_lo;
  assign n561_li = n558_lo;
  assign n564_li = n561_lo;
  assign n567_li = G9;
  assign n570_li = n567_lo;
  assign n573_li = n570_lo;
  assign n576_li = n573_lo;
  assign n579_li = G10;
  assign n582_li = n579_lo;
  assign n585_li = n582_lo;
  assign n588_li = n585_lo;
  assign n591_li = G11;
  assign n594_li = n591_lo;
  assign n597_li = n594_lo;
  assign n600_li = n597_lo;
  assign n603_li = G12;
  assign n606_li = n603_lo;
  assign n609_li = n606_lo;
  assign n612_li = n609_lo;
  assign n615_li = G13;
  assign n618_li = n615_lo;
  assign n621_li = n618_lo;
  assign n624_li = n621_lo;
  assign n627_li = G14;
  assign n630_li = n627_lo;
  assign n633_li = n630_lo;
  assign n636_li = n633_lo;
  assign n639_li = G15;
  assign n642_li = n639_lo;
  assign n645_li = n642_lo;
  assign n648_li = n645_lo;
  assign n651_li = G16;
  assign n654_li = n651_lo;
  assign n657_li = n654_lo;
  assign n660_li = n657_lo;
  assign n663_li = G17;
  assign n666_li = n663_lo;
  assign n669_li = n666_lo;
  assign n672_li = n669_lo;
  assign n675_li = G18;
  assign n678_li = n675_lo;
  assign n681_li = n678_lo;
  assign n684_li = n681_lo;
  assign n687_li = G19;
  assign n690_li = n687_lo;
  assign n693_li = n690_lo;
  assign n696_li = n693_lo;
  assign n699_li = G20;
  assign n702_li = n699_lo;
  assign n705_li = n702_lo;
  assign n708_li = n705_lo;
  assign n711_li = G21;
  assign n714_li = n711_lo;
  assign n717_li = n714_lo;
  assign n720_li = n717_lo;
  assign n723_li = G22;
  assign n726_li = n723_lo;
  assign n729_li = n726_lo;
  assign n732_li = n729_lo;
  assign n735_li = G23;
  assign n738_li = n735_lo;
  assign n741_li = n738_lo;
  assign n744_li = n741_lo;
  assign n747_li = G24;
  assign n750_li = n747_lo;
  assign n753_li = n750_lo;
  assign n756_li = n753_lo;
  assign n759_li = G25;
  assign n762_li = n759_lo;
  assign n765_li = n762_lo;
  assign n768_li = n765_lo;
  assign n771_li = G26;
  assign n774_li = n771_lo;
  assign n777_li = n774_lo;
  assign n780_li = n777_lo;
  assign n783_li = G27;
  assign n786_li = n783_lo;
  assign n789_li = n786_lo;
  assign n792_li = n789_lo;
  assign n795_li = G28;
  assign n798_li = n795_lo;
  assign n801_li = n798_lo;
  assign n804_li = n801_lo;
  assign n807_li = G29;
  assign n810_li = n807_lo;
  assign n813_li = n810_lo;
  assign n816_li = n813_lo;
  assign n819_li = G30;
  assign n822_li = n819_lo;
  assign n825_li = n822_lo;
  assign n828_li = n825_lo;
  assign n831_li = G31;
  assign n834_li = n831_lo;
  assign n837_li = n834_lo;
  assign n840_li = n837_lo;
  assign n843_li = G32;
  assign n846_li = n843_lo;
  assign n849_li = n846_lo;
  assign n852_li = n849_lo;
  assign n855_li = G33;
  assign n858_li = n855_lo;
  assign n861_li = n858_lo;
  assign n864_li = n861_lo;
  assign n867_li = G34;
  assign n870_li = n867_lo;
  assign n873_li = n870_lo;
  assign n876_li = n873_lo;
  assign n879_li = G35;
  assign n882_li = n879_lo;
  assign n885_li = n882_lo;
  assign n888_li = n885_lo;
  assign n891_li = G36;
  assign n894_li = n891_lo;
  assign n897_li = n894_lo;
  assign n900_li = n897_lo;
  assign n903_li = G37;
  assign n906_li = n903_lo;
  assign n909_li = n906_lo;
  assign n912_li = n909_lo;
  assign n915_li = G38;
  assign n918_li = n915_lo;
  assign n921_li = n918_lo;
  assign n924_li = n921_lo;
  assign n927_li = G39;
  assign n930_li = n927_lo;
  assign n933_li = n930_lo;
  assign n936_li = n933_lo;
  assign n939_li = G40;
  assign n942_li = n939_lo;
  assign n945_li = n942_lo;
  assign n948_li = n945_lo;
  assign n951_li = G41;
  assign n954_li = n951_lo;
  assign n957_li = n954_lo;
  assign n960_li = n957_lo;
  assign n963_li = G42;
  assign n966_li = n963_lo;
  assign n969_li = n966_lo;
  assign n972_li = n969_lo;
  assign n975_li = G43;
  assign n978_li = n975_lo;
  assign n981_li = n978_lo;
  assign n984_li = n981_lo;
  assign n987_li = G44;
  assign n990_li = n987_lo;
  assign n993_li = n990_lo;
  assign n996_li = n993_lo;
  assign n999_li = G45;
  assign n1002_li = n999_lo;
  assign n1005_li = n1002_lo;
  assign n1008_li = n1005_lo;
  assign n1011_li = G46;
  assign n1014_li = n1011_lo;
  assign n1017_li = n1014_lo;
  assign n1020_li = n1017_lo;
  assign n1023_li = G47;
  assign n1026_li = n1023_lo;
  assign n1029_li = n1026_lo;
  assign n1032_li = n1029_lo;
  assign n1035_li = G48;
  assign n1038_li = n1035_lo;
  assign n1041_li = n1038_lo;
  assign n1044_li = n1041_lo;
  assign n1047_li = G49;
  assign n1050_li = n1047_lo;
  assign n1053_li = n1050_lo;
  assign n1056_li = n1053_lo;
  assign n1059_li = G50;
  assign n1062_li = n1059_lo;
  assign n1065_li = n1062_lo;
  assign n1068_li = n1065_lo;
  assign n1071_li = G51;
  assign n1074_li = n1071_lo;
  assign n1077_li = n1074_lo;
  assign n1080_li = n1077_lo;
  assign n1083_li = G52;
  assign n1086_li = n1083_lo;
  assign n1089_li = n1086_lo;
  assign n1092_li = n1089_lo;
  assign n1095_li = G53;
  assign n1098_li = n1095_lo;
  assign n1101_li = n1098_lo;
  assign n1104_li = n1101_lo;
  assign n1107_li = G54;
  assign n1110_li = n1107_lo;
  assign n1113_li = n1110_lo;
  assign n1116_li = n1113_lo;
  assign n1119_li = G55;
  assign n1122_li = n1119_lo;
  assign n1125_li = n1122_lo;
  assign n1128_li = n1125_lo;
  assign n1131_li = G56;
  assign n1134_li = n1131_lo;
  assign n1137_li = n1134_lo;
  assign n1140_li = n1137_lo;
  assign n1143_li = G57;
  assign n1146_li = n1143_lo;
  assign n1149_li = n1146_lo;
  assign n1152_li = n1149_lo;
  assign n1155_li = G58;
  assign n1158_li = n1155_lo;
  assign n1161_li = n1158_lo;
  assign n1164_li = n1161_lo;
  assign n1167_li = G59;
  assign n1170_li = n1167_lo;
  assign n1173_li = n1170_lo;
  assign n1176_li = n1173_lo;
  assign n1179_li = G60;
  assign n1182_li = n1179_lo;
  assign n1185_li = n1182_lo;
  assign n1188_li = n1185_lo;
  always  begin
    n471_lo <= n471_li;
    n474_lo <= n474_li;
    n477_lo <= n477_li;
    n480_lo <= n480_li;
    n483_lo <= n483_li;
    n486_lo <= n486_li;
    n489_lo <= n489_li;
    n492_lo <= n492_li;
    n495_lo <= n495_li;
    n498_lo <= n498_li;
    n501_lo <= n501_li;
    n504_lo <= n504_li;
    n507_lo <= n507_li;
    n510_lo <= n510_li;
    n513_lo <= n513_li;
    n516_lo <= n516_li;
    n519_lo <= n519_li;
    n522_lo <= n522_li;
    n525_lo <= n525_li;
    n528_lo <= n528_li;
    n531_lo <= n531_li;
    n534_lo <= n534_li;
    n537_lo <= n537_li;
    n540_lo <= n540_li;
    n543_lo <= n543_li;
    n546_lo <= n546_li;
    n549_lo <= n549_li;
    n552_lo <= n552_li;
    n555_lo <= n555_li;
    n558_lo <= n558_li;
    n561_lo <= n561_li;
    n564_lo <= n564_li;
    n567_lo <= n567_li;
    n570_lo <= n570_li;
    n573_lo <= n573_li;
    n576_lo <= n576_li;
    n579_lo <= n579_li;
    n582_lo <= n582_li;
    n585_lo <= n585_li;
    n588_lo <= n588_li;
    n591_lo <= n591_li;
    n594_lo <= n594_li;
    n597_lo <= n597_li;
    n600_lo <= n600_li;
    n603_lo <= n603_li;
    n606_lo <= n606_li;
    n609_lo <= n609_li;
    n612_lo <= n612_li;
    n615_lo <= n615_li;
    n618_lo <= n618_li;
    n621_lo <= n621_li;
    n624_lo <= n624_li;
    n627_lo <= n627_li;
    n630_lo <= n630_li;
    n633_lo <= n633_li;
    n636_lo <= n636_li;
    n639_lo <= n639_li;
    n642_lo <= n642_li;
    n645_lo <= n645_li;
    n648_lo <= n648_li;
    n651_lo <= n651_li;
    n654_lo <= n654_li;
    n657_lo <= n657_li;
    n660_lo <= n660_li;
    n663_lo <= n663_li;
    n666_lo <= n666_li;
    n669_lo <= n669_li;
    n672_lo <= n672_li;
    n675_lo <= n675_li;
    n678_lo <= n678_li;
    n681_lo <= n681_li;
    n684_lo <= n684_li;
    n687_lo <= n687_li;
    n690_lo <= n690_li;
    n693_lo <= n693_li;
    n696_lo <= n696_li;
    n699_lo <= n699_li;
    n702_lo <= n702_li;
    n705_lo <= n705_li;
    n708_lo <= n708_li;
    n711_lo <= n711_li;
    n714_lo <= n714_li;
    n717_lo <= n717_li;
    n720_lo <= n720_li;
    n723_lo <= n723_li;
    n726_lo <= n726_li;
    n729_lo <= n729_li;
    n732_lo <= n732_li;
    n735_lo <= n735_li;
    n738_lo <= n738_li;
    n741_lo <= n741_li;
    n744_lo <= n744_li;
    n747_lo <= n747_li;
    n750_lo <= n750_li;
    n753_lo <= n753_li;
    n756_lo <= n756_li;
    n759_lo <= n759_li;
    n762_lo <= n762_li;
    n765_lo <= n765_li;
    n768_lo <= n768_li;
    n771_lo <= n771_li;
    n774_lo <= n774_li;
    n777_lo <= n777_li;
    n780_lo <= n780_li;
    n783_lo <= n783_li;
    n786_lo <= n786_li;
    n789_lo <= n789_li;
    n792_lo <= n792_li;
    n795_lo <= n795_li;
    n798_lo <= n798_li;
    n801_lo <= n801_li;
    n804_lo <= n804_li;
    n807_lo <= n807_li;
    n810_lo <= n810_li;
    n813_lo <= n813_li;
    n816_lo <= n816_li;
    n819_lo <= n819_li;
    n822_lo <= n822_li;
    n825_lo <= n825_li;
    n828_lo <= n828_li;
    n831_lo <= n831_li;
    n834_lo <= n834_li;
    n837_lo <= n837_li;
    n840_lo <= n840_li;
    n843_lo <= n843_li;
    n846_lo <= n846_li;
    n849_lo <= n849_li;
    n852_lo <= n852_li;
    n855_lo <= n855_li;
    n858_lo <= n858_li;
    n861_lo <= n861_li;
    n864_lo <= n864_li;
    n867_lo <= n867_li;
    n870_lo <= n870_li;
    n873_lo <= n873_li;
    n876_lo <= n876_li;
    n879_lo <= n879_li;
    n882_lo <= n882_li;
    n885_lo <= n885_li;
    n888_lo <= n888_li;
    n891_lo <= n891_li;
    n894_lo <= n894_li;
    n897_lo <= n897_li;
    n900_lo <= n900_li;
    n903_lo <= n903_li;
    n906_lo <= n906_li;
    n909_lo <= n909_li;
    n912_lo <= n912_li;
    n915_lo <= n915_li;
    n918_lo <= n918_li;
    n921_lo <= n921_li;
    n924_lo <= n924_li;
    n927_lo <= n927_li;
    n930_lo <= n930_li;
    n933_lo <= n933_li;
    n936_lo <= n936_li;
    n939_lo <= n939_li;
    n942_lo <= n942_li;
    n945_lo <= n945_li;
    n948_lo <= n948_li;
    n951_lo <= n951_li;
    n954_lo <= n954_li;
    n957_lo <= n957_li;
    n960_lo <= n960_li;
    n963_lo <= n963_li;
    n966_lo <= n966_li;
    n969_lo <= n969_li;
    n972_lo <= n972_li;
    n975_lo <= n975_li;
    n978_lo <= n978_li;
    n981_lo <= n981_li;
    n984_lo <= n984_li;
    n987_lo <= n987_li;
    n990_lo <= n990_li;
    n993_lo <= n993_li;
    n996_lo <= n996_li;
    n999_lo <= n999_li;
    n1002_lo <= n1002_li;
    n1005_lo <= n1005_li;
    n1008_lo <= n1008_li;
    n1011_lo <= n1011_li;
    n1014_lo <= n1014_li;
    n1017_lo <= n1017_li;
    n1020_lo <= n1020_li;
    n1023_lo <= n1023_li;
    n1026_lo <= n1026_li;
    n1029_lo <= n1029_li;
    n1032_lo <= n1032_li;
    n1035_lo <= n1035_li;
    n1038_lo <= n1038_li;
    n1041_lo <= n1041_li;
    n1044_lo <= n1044_li;
    n1047_lo <= n1047_li;
    n1050_lo <= n1050_li;
    n1053_lo <= n1053_li;
    n1056_lo <= n1056_li;
    n1059_lo <= n1059_li;
    n1062_lo <= n1062_li;
    n1065_lo <= n1065_li;
    n1068_lo <= n1068_li;
    n1071_lo <= n1071_li;
    n1074_lo <= n1074_li;
    n1077_lo <= n1077_li;
    n1080_lo <= n1080_li;
    n1083_lo <= n1083_li;
    n1086_lo <= n1086_li;
    n1089_lo <= n1089_li;
    n1092_lo <= n1092_li;
    n1095_lo <= n1095_li;
    n1098_lo <= n1098_li;
    n1101_lo <= n1101_li;
    n1104_lo <= n1104_li;
    n1107_lo <= n1107_li;
    n1110_lo <= n1110_li;
    n1113_lo <= n1113_li;
    n1116_lo <= n1116_li;
    n1119_lo <= n1119_li;
    n1122_lo <= n1122_li;
    n1125_lo <= n1125_li;
    n1128_lo <= n1128_li;
    n1131_lo <= n1131_li;
    n1134_lo <= n1134_li;
    n1137_lo <= n1137_li;
    n1140_lo <= n1140_li;
    n1143_lo <= n1143_li;
    n1146_lo <= n1146_li;
    n1149_lo <= n1149_li;
    n1152_lo <= n1152_li;
    n1155_lo <= n1155_li;
    n1158_lo <= n1158_li;
    n1161_lo <= n1161_li;
    n1164_lo <= n1164_li;
    n1167_lo <= n1167_li;
    n1170_lo <= n1170_li;
    n1173_lo <= n1173_li;
    n1176_lo <= n1176_li;
    n1179_lo <= n1179_li;
    n1182_lo <= n1182_li;
    n1185_lo <= n1185_li;
    n1188_lo <= n1188_li;
  end
  initial begin
    n471_lo <= 1'b0;
    n474_lo <= 1'b0;
    n477_lo <= 1'b0;
    n480_lo <= 1'b0;
    n483_lo <= 1'b0;
    n486_lo <= 1'b0;
    n489_lo <= 1'b0;
    n492_lo <= 1'b0;
    n495_lo <= 1'b0;
    n498_lo <= 1'b0;
    n501_lo <= 1'b0;
    n504_lo <= 1'b0;
    n507_lo <= 1'b0;
    n510_lo <= 1'b0;
    n513_lo <= 1'b0;
    n516_lo <= 1'b0;
    n519_lo <= 1'b0;
    n522_lo <= 1'b0;
    n525_lo <= 1'b0;
    n528_lo <= 1'b0;
    n531_lo <= 1'b0;
    n534_lo <= 1'b0;
    n537_lo <= 1'b0;
    n540_lo <= 1'b0;
    n543_lo <= 1'b0;
    n546_lo <= 1'b0;
    n549_lo <= 1'b0;
    n552_lo <= 1'b0;
    n555_lo <= 1'b0;
    n558_lo <= 1'b0;
    n561_lo <= 1'b0;
    n564_lo <= 1'b0;
    n567_lo <= 1'b0;
    n570_lo <= 1'b0;
    n573_lo <= 1'b0;
    n576_lo <= 1'b0;
    n579_lo <= 1'b0;
    n582_lo <= 1'b0;
    n585_lo <= 1'b0;
    n588_lo <= 1'b0;
    n591_lo <= 1'b0;
    n594_lo <= 1'b0;
    n597_lo <= 1'b0;
    n600_lo <= 1'b0;
    n603_lo <= 1'b0;
    n606_lo <= 1'b0;
    n609_lo <= 1'b0;
    n612_lo <= 1'b0;
    n615_lo <= 1'b0;
    n618_lo <= 1'b0;
    n621_lo <= 1'b0;
    n624_lo <= 1'b0;
    n627_lo <= 1'b0;
    n630_lo <= 1'b0;
    n633_lo <= 1'b0;
    n636_lo <= 1'b0;
    n639_lo <= 1'b0;
    n642_lo <= 1'b0;
    n645_lo <= 1'b0;
    n648_lo <= 1'b0;
    n651_lo <= 1'b0;
    n654_lo <= 1'b0;
    n657_lo <= 1'b0;
    n660_lo <= 1'b0;
    n663_lo <= 1'b0;
    n666_lo <= 1'b0;
    n669_lo <= 1'b0;
    n672_lo <= 1'b0;
    n675_lo <= 1'b0;
    n678_lo <= 1'b0;
    n681_lo <= 1'b0;
    n684_lo <= 1'b0;
    n687_lo <= 1'b0;
    n690_lo <= 1'b0;
    n693_lo <= 1'b0;
    n696_lo <= 1'b0;
    n699_lo <= 1'b0;
    n702_lo <= 1'b0;
    n705_lo <= 1'b0;
    n708_lo <= 1'b0;
    n711_lo <= 1'b0;
    n714_lo <= 1'b0;
    n717_lo <= 1'b0;
    n720_lo <= 1'b0;
    n723_lo <= 1'b0;
    n726_lo <= 1'b0;
    n729_lo <= 1'b0;
    n732_lo <= 1'b0;
    n735_lo <= 1'b0;
    n738_lo <= 1'b0;
    n741_lo <= 1'b0;
    n744_lo <= 1'b0;
    n747_lo <= 1'b0;
    n750_lo <= 1'b0;
    n753_lo <= 1'b0;
    n756_lo <= 1'b0;
    n759_lo <= 1'b0;
    n762_lo <= 1'b0;
    n765_lo <= 1'b0;
    n768_lo <= 1'b0;
    n771_lo <= 1'b0;
    n774_lo <= 1'b0;
    n777_lo <= 1'b0;
    n780_lo <= 1'b0;
    n783_lo <= 1'b0;
    n786_lo <= 1'b0;
    n789_lo <= 1'b0;
    n792_lo <= 1'b0;
    n795_lo <= 1'b0;
    n798_lo <= 1'b0;
    n801_lo <= 1'b0;
    n804_lo <= 1'b0;
    n807_lo <= 1'b0;
    n810_lo <= 1'b0;
    n813_lo <= 1'b0;
    n816_lo <= 1'b0;
    n819_lo <= 1'b0;
    n822_lo <= 1'b0;
    n825_lo <= 1'b0;
    n828_lo <= 1'b0;
    n831_lo <= 1'b0;
    n834_lo <= 1'b0;
    n837_lo <= 1'b0;
    n840_lo <= 1'b0;
    n843_lo <= 1'b0;
    n846_lo <= 1'b0;
    n849_lo <= 1'b0;
    n852_lo <= 1'b0;
    n855_lo <= 1'b0;
    n858_lo <= 1'b0;
    n861_lo <= 1'b0;
    n864_lo <= 1'b0;
    n867_lo <= 1'b0;
    n870_lo <= 1'b0;
    n873_lo <= 1'b0;
    n876_lo <= 1'b0;
    n879_lo <= 1'b0;
    n882_lo <= 1'b0;
    n885_lo <= 1'b0;
    n888_lo <= 1'b0;
    n891_lo <= 1'b0;
    n894_lo <= 1'b0;
    n897_lo <= 1'b0;
    n900_lo <= 1'b0;
    n903_lo <= 1'b0;
    n906_lo <= 1'b0;
    n909_lo <= 1'b0;
    n912_lo <= 1'b0;
    n915_lo <= 1'b0;
    n918_lo <= 1'b0;
    n921_lo <= 1'b0;
    n924_lo <= 1'b0;
    n927_lo <= 1'b0;
    n930_lo <= 1'b0;
    n933_lo <= 1'b0;
    n936_lo <= 1'b0;
    n939_lo <= 1'b0;
    n942_lo <= 1'b0;
    n945_lo <= 1'b0;
    n948_lo <= 1'b0;
    n951_lo <= 1'b0;
    n954_lo <= 1'b0;
    n957_lo <= 1'b0;
    n960_lo <= 1'b0;
    n963_lo <= 1'b0;
    n966_lo <= 1'b0;
    n969_lo <= 1'b0;
    n972_lo <= 1'b0;
    n975_lo <= 1'b0;
    n978_lo <= 1'b0;
    n981_lo <= 1'b0;
    n984_lo <= 1'b0;
    n987_lo <= 1'b0;
    n990_lo <= 1'b0;
    n993_lo <= 1'b0;
    n996_lo <= 1'b0;
    n999_lo <= 1'b0;
    n1002_lo <= 1'b0;
    n1005_lo <= 1'b0;
    n1008_lo <= 1'b0;
    n1011_lo <= 1'b0;
    n1014_lo <= 1'b0;
    n1017_lo <= 1'b0;
    n1020_lo <= 1'b0;
    n1023_lo <= 1'b0;
    n1026_lo <= 1'b0;
    n1029_lo <= 1'b0;
    n1032_lo <= 1'b0;
    n1035_lo <= 1'b0;
    n1038_lo <= 1'b0;
    n1041_lo <= 1'b0;
    n1044_lo <= 1'b0;
    n1047_lo <= 1'b0;
    n1050_lo <= 1'b0;
    n1053_lo <= 1'b0;
    n1056_lo <= 1'b0;
    n1059_lo <= 1'b0;
    n1062_lo <= 1'b0;
    n1065_lo <= 1'b0;
    n1068_lo <= 1'b0;
    n1071_lo <= 1'b0;
    n1074_lo <= 1'b0;
    n1077_lo <= 1'b0;
    n1080_lo <= 1'b0;
    n1083_lo <= 1'b0;
    n1086_lo <= 1'b0;
    n1089_lo <= 1'b0;
    n1092_lo <= 1'b0;
    n1095_lo <= 1'b0;
    n1098_lo <= 1'b0;
    n1101_lo <= 1'b0;
    n1104_lo <= 1'b0;
    n1107_lo <= 1'b0;
    n1110_lo <= 1'b0;
    n1113_lo <= 1'b0;
    n1116_lo <= 1'b0;
    n1119_lo <= 1'b0;
    n1122_lo <= 1'b0;
    n1125_lo <= 1'b0;
    n1128_lo <= 1'b0;
    n1131_lo <= 1'b0;
    n1134_lo <= 1'b0;
    n1137_lo <= 1'b0;
    n1140_lo <= 1'b0;
    n1143_lo <= 1'b0;
    n1146_lo <= 1'b0;
    n1149_lo <= 1'b0;
    n1152_lo <= 1'b0;
    n1155_lo <= 1'b0;
    n1158_lo <= 1'b0;
    n1161_lo <= 1'b0;
    n1164_lo <= 1'b0;
    n1167_lo <= 1'b0;
    n1170_lo <= 1'b0;
    n1173_lo <= 1'b0;
    n1176_lo <= 1'b0;
    n1179_lo <= 1'b0;
    n1182_lo <= 1'b0;
    n1185_lo <= 1'b0;
    n1188_lo <= 1'b0;
  end
endmodule